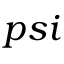
p s i